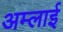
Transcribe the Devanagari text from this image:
अम्लाई